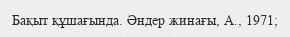
Бақыт құшағында. Әндер жинағы, А., 1971;